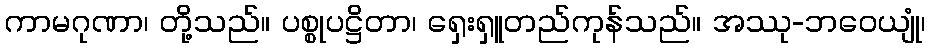
ကာမဂုဏာ၊ တို့သည်။ ပစ္စုပဋ္ဌိတာ၊ ရှေးရှူတည်ကုန်သည်။ အဿု-ဘဝေယျုံ၊